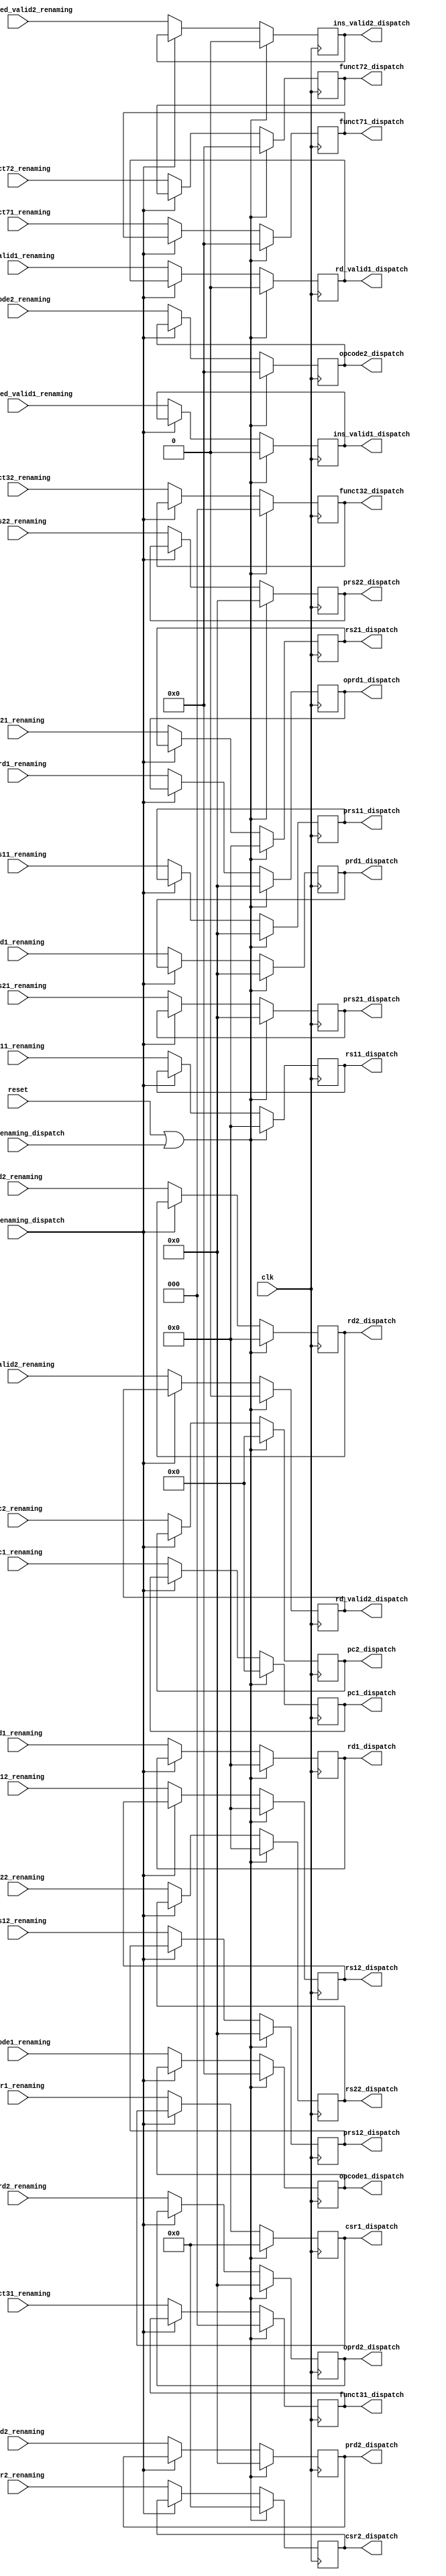
module latch_renaming_dispatch (
    input clk,
    input reset,
    input stall_renaming_dispatch,
    input flush_renaming_dispatch,

    input [31:0] pc1_renaming,
    input [6:0] opcode1_renaming,
    input [4:0] rd1_renaming,
    input [4:0] rs11_renaming,
    input [4:0] rs21_renaming,
    input [5:0] prd1_renaming,
    input [5:0] oprd1_renaming,
    input [5:0] prs11_renaming,
    input [5:0] prs21_renaming,
    input [2:0] funct31_renaming,
    input [6:0] funct71_renaming,
    input [11:0] csr1_renaming,
    input ins_renamed_valid1_renaming,
    input rd_valid1_renaming,
    input [31:0] pc2_renaming,
    input [6:0] opcode2_renaming,
    input [4:0] rd2_renaming,
    input [4:0] rs12_renaming,
    input [4:0] rs22_renaming,
    input [5:0] prd2_renaming,
    input [5:0] oprd2_renaming,
    input [5:0] prs12_renaming,
    input [5:0] prs22_renaming,
    input [2:0] funct32_renaming,
    input [6:0] funct72_renaming,
    input [11:0] csr2_renaming,
    input ins_renamed_valid2_renaming,
    input rd_valid2_renaming,

    output reg [31:0] pc1_dispatch,
    output reg [6:0] opcode1_dispatch,
    output reg [4:0] rd1_dispatch,
    output reg [4:0] rs11_dispatch,
    output reg [4:0] rs21_dispatch,
    output reg [5:0] prd1_dispatch,
    output reg [5:0] oprd1_dispatch,
    output reg [5:0] prs11_dispatch,
    output reg [5:0] prs21_dispatch,
    output reg [2:0] funct31_dispatch,
    output reg [6:0] funct71_dispatch,
    output reg [11:0] csr1_dispatch,
    output reg ins_valid1_dispatch,
    output reg rd_valid1_dispatch,
    output reg [31:0] pc2_dispatch,
    output reg [6:0] opcode2_dispatch,
    output reg [4:0] rd2_dispatch,
    output reg [4:0] rs12_dispatch,
    output reg [4:0] rs22_dispatch,
    output reg [5:0] prd2_dispatch,
    output reg [5:0] oprd2_dispatch,
    output reg [5:0] prs12_dispatch,
    output reg [5:0] prs22_dispatch,
    output reg [2:0] funct32_dispatch,
    output reg [6:0] funct72_dispatch,
    output reg [11:0] csr2_dispatch,
    output reg ins_valid2_dispatch,
    output reg rd_valid2_dispatch
);




always @(posedge clk) begin
    if (reset | flush_renaming_dispatch) begin
        pc1_dispatch <= 32'b0;
        opcode1_dispatch <= 7'b0;
        rd1_dispatch <= 5'b0;
        rs11_dispatch <= 5'b0;
        rs21_dispatch <= 5'b0;
        prd1_dispatch <= 6'b0;
        oprd1_dispatch <= 6'b0;
        prs11_dispatch <= 6'b0;
        prs21_dispatch <= 6'b0;
        funct31_dispatch <= 3'b0;
        funct71_dispatch <= 7'b0;
        csr1_dispatch <= 12'b0;
        ins_valid1_dispatch <= 1'b0;
        rd_valid1_dispatch <= 1'b0;
        pc2_dispatch <= 32'b0;
        opcode2_dispatch <= 7'b0;
        rd2_dispatch <= 5'b0;
        rs12_dispatch <= 5'b0;
        rs22_dispatch <= 5'b0;
        prd2_dispatch <= 6'b0;
        oprd2_dispatch <= 6'b0;
        prs12_dispatch <= 6'b0;
        prs22_dispatch <= 6'b0;
        funct32_dispatch <= 3'b0;
        funct72_dispatch <= 7'b0;
        csr2_dispatch <= 12'b0;
        ins_valid2_dispatch <= 1'b0;
        rd_valid2_dispatch <= 1'b0;
    end else if (stall_renaming_dispatch) begin
        pc1_dispatch <= pc1_dispatch;
        opcode1_dispatch <= opcode1_dispatch;
        rd1_dispatch <= rd1_dispatch;
        rs11_dispatch <= rs11_dispatch;
        rs21_dispatch <= rs21_dispatch;
        prd1_dispatch <= prd1_dispatch;
        oprd1_dispatch <= oprd1_dispatch;
        prs11_dispatch <= prs11_dispatch;
        prs21_dispatch <= prs21_dispatch;
        funct31_dispatch <= funct31_dispatch;
        funct71_dispatch <= funct71_dispatch;
        csr1_dispatch <= csr1_dispatch;
        ins_valid1_dispatch <= ins_valid1_dispatch;
        rd_valid1_dispatch <= rd_valid1_dispatch;
        pc2_dispatch <= pc2_dispatch;
        opcode2_dispatch <= opcode2_dispatch;
        rd2_dispatch <= rd2_dispatch;
        rs12_dispatch <= rs12_dispatch;
        rs22_dispatch <= rs22_dispatch;
        prd2_dispatch <= prd2_dispatch;
        oprd2_dispatch <= oprd2_dispatch;
        prs12_dispatch <= prs12_dispatch;
        prs22_dispatch <= prs22_dispatch;
        funct32_dispatch <= funct32_dispatch;
        funct72_dispatch <= funct72_dispatch;
        csr2_dispatch <= csr2_dispatch;
        ins_valid2_dispatch <= ins_valid2_dispatch;
        rd_valid2_dispatch <= rd_valid2_dispatch;
    end else begin
        pc1_dispatch <= pc1_renaming;
        opcode1_dispatch <= opcode1_renaming;
        rd1_dispatch <= rd1_renaming;
        rs11_dispatch <= rs11_renaming;
        rs21_dispatch <= rs21_renaming;
        prd1_dispatch <= prd1_renaming;
        oprd1_dispatch <= oprd1_renaming;
        prs11_dispatch <= prs11_renaming;
        prs21_dispatch <= prs21_renaming;
        funct31_dispatch <= funct31_renaming;
        funct71_dispatch <= funct71_renaming;
        csr1_dispatch <= csr1_renaming;
        ins_valid1_dispatch <= ins_renamed_valid1_renaming;
        rd_valid1_dispatch <= rd_valid1_renaming;
        pc2_dispatch <= pc2_renaming;
        opcode2_dispatch <= opcode2_renaming;
        rd2_dispatch <= rd2_renaming;
        rs12_dispatch <= rs12_renaming;
        rs22_dispatch <= rs22_renaming;
        prd2_dispatch <= prd2_renaming;
        oprd2_dispatch <= oprd2_renaming;
        prs12_dispatch <= prs12_renaming;
        prs22_dispatch <= prs22_renaming;
        funct32_dispatch <= funct32_renaming;
        funct72_dispatch <= funct72_renaming;
        csr2_dispatch <= csr2_renaming;
        ins_valid2_dispatch <= ins_renamed_valid2_renaming;
        rd_valid2_dispatch <= rd_valid2_renaming;
    end
end
    
endmodule